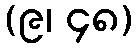
(၉၊ ၄၈)